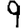
Digit: 9